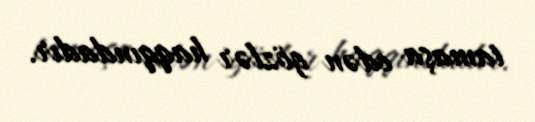
tamaşa edən gözlər haqqındadır.